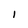
Character: I